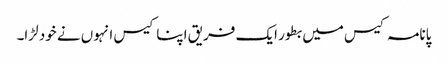
پانامہ کیس میں بطور ایک فریق اپنا کیس انہوں نے خود لڑا۔